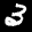
Label: 3